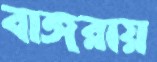
বাঙ্গরায়